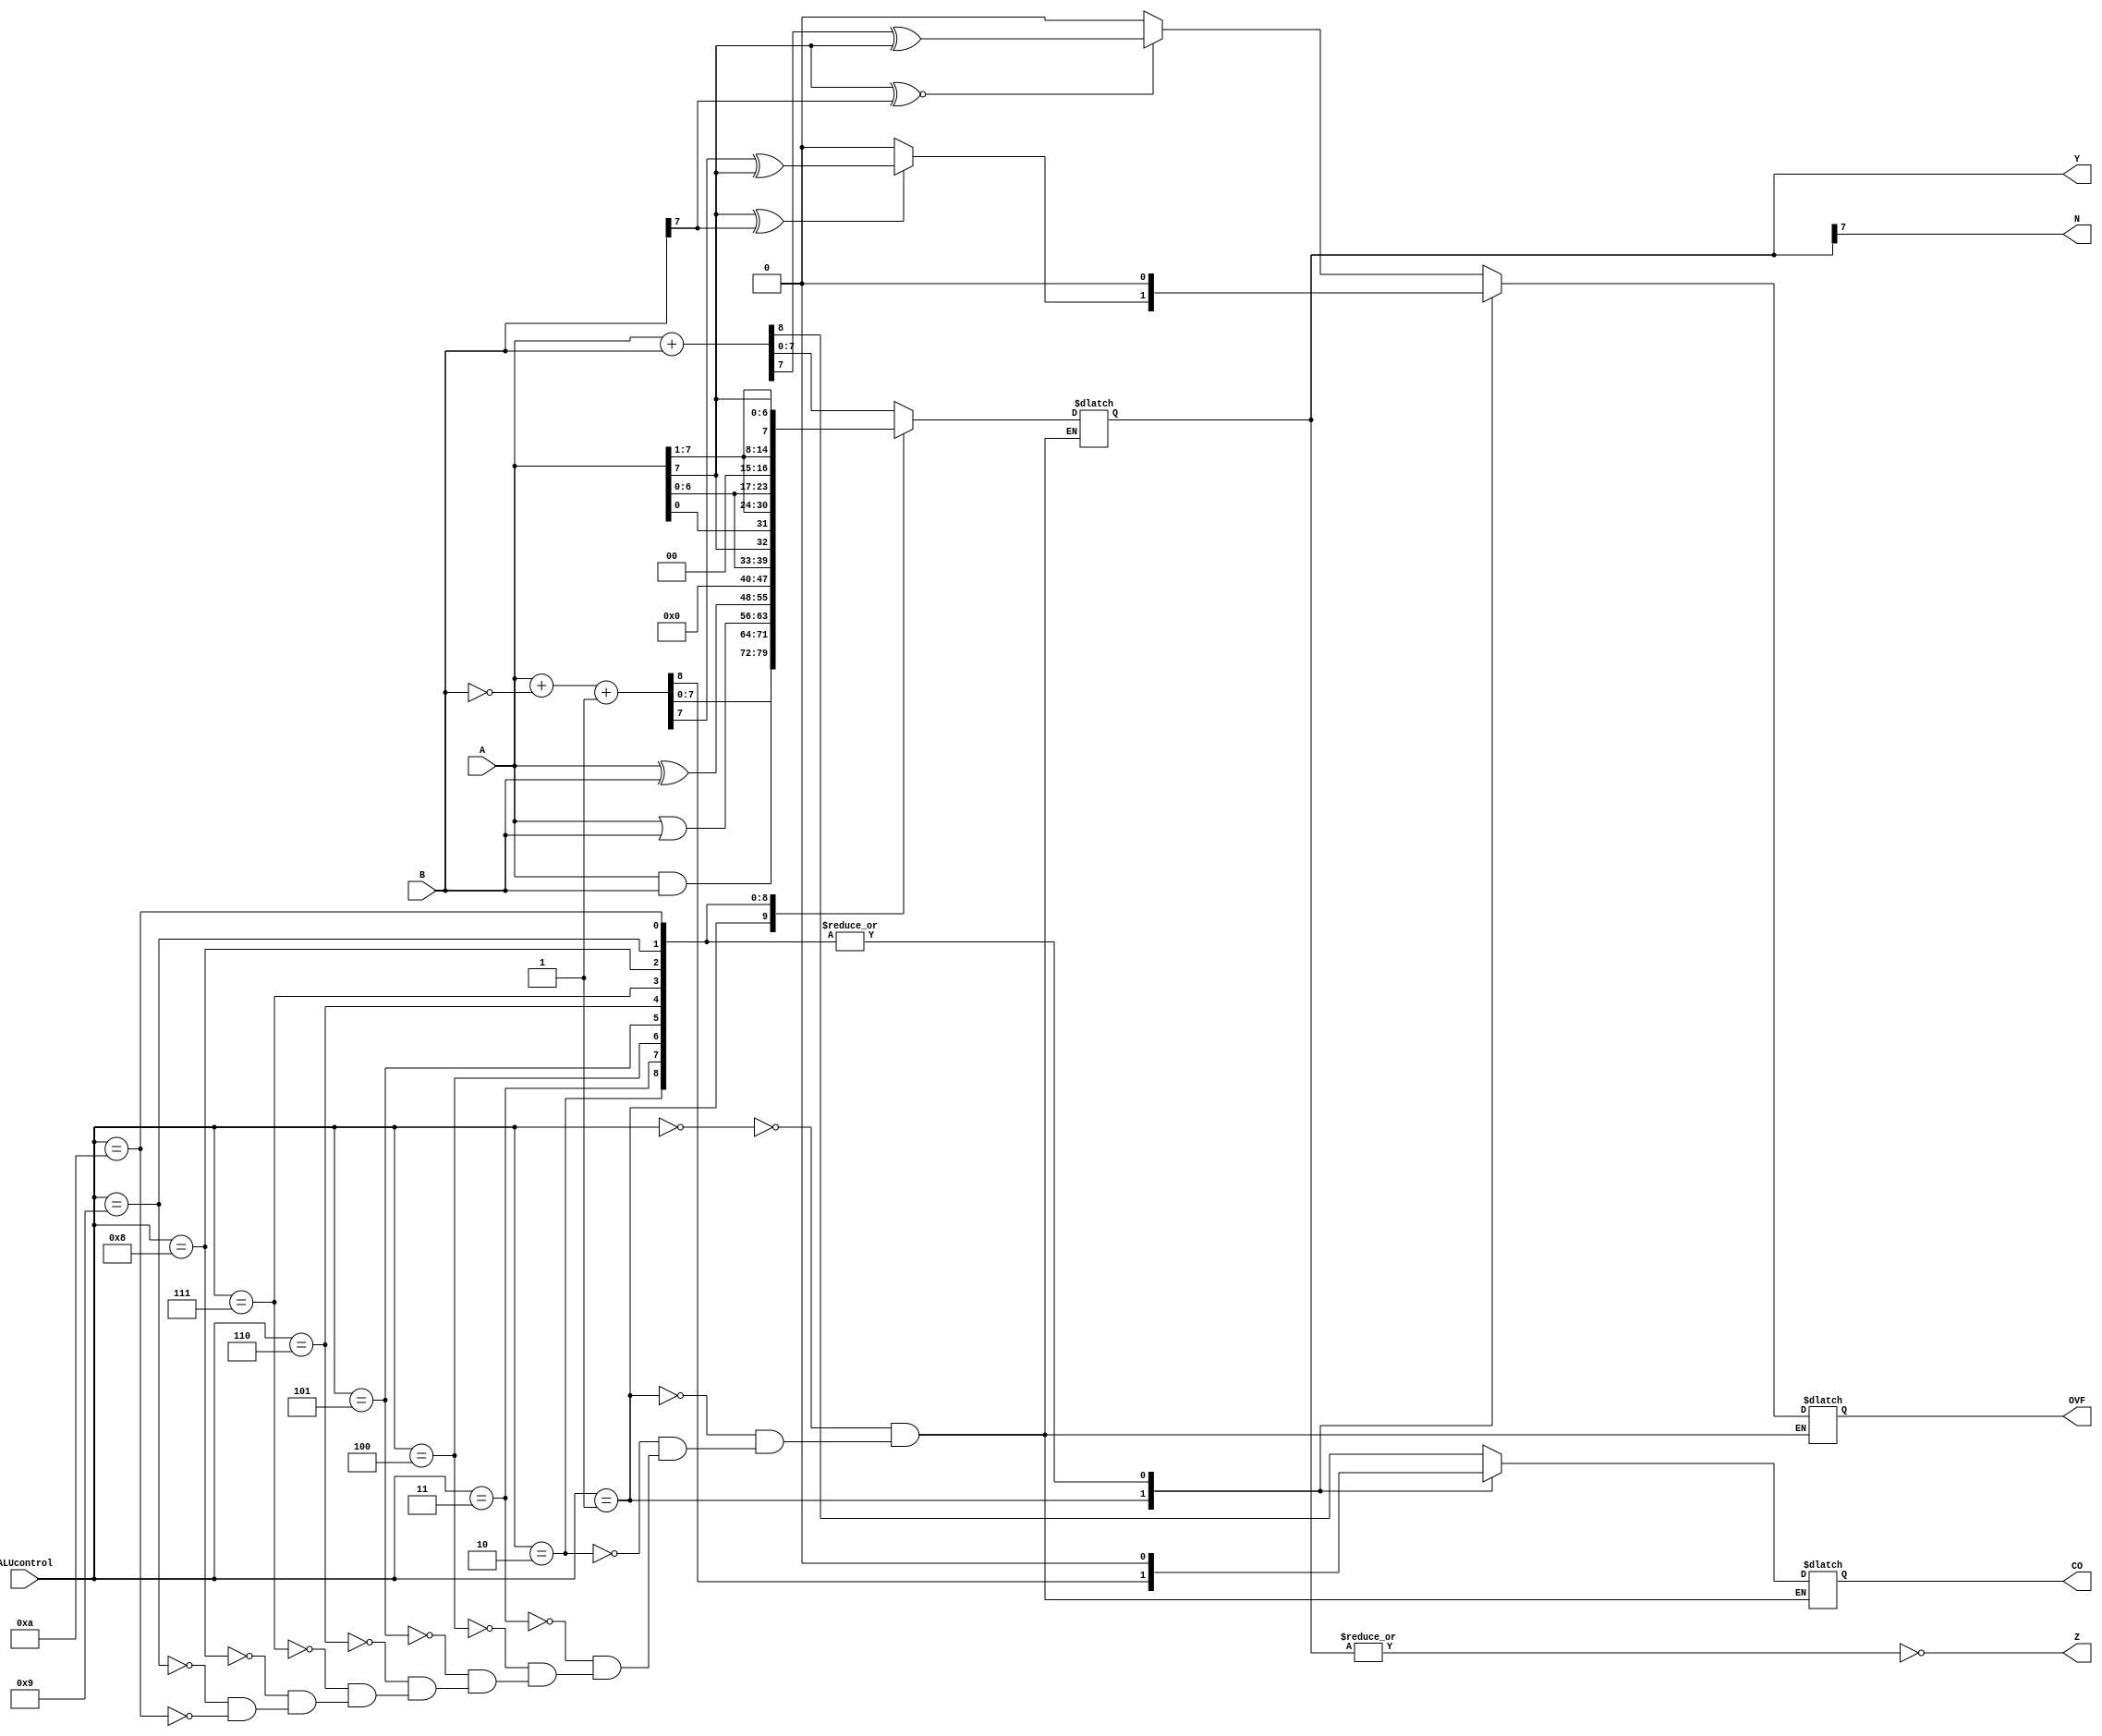
module ALU_MC #(parameter W=8) (ALUcontrol,A,B,Y,N,Z,CO,OVF);
//negative and zero bits are affected by ALU op
//CO and OVF are affected by arithmetics
input [3:0] ALUcontrol;
input [W-1:0] A,B;
output reg [W-1:0] Y; //output
output reg CO,OVF,N,Z; //cpsr
wire [W-1:0] Bcomp=~B; //bitwise not
wire [W-1:0] Acomp=~A; //bitwise not
reg E;
always @(*)
begin
	case(ALUcontrol)
	4'b0000: //add
	begin
		//update the overflow bit according to the signs
				{CO, Y} = A + B;
					if (A[W-1] ~^ B[W-1]) //if the signs are the same
						OVF = Y[W-1] ^ A[W-1];
					else
						OVF = 0;	
						
		
	end
	4'b0001: //subt a-b
	begin
//update the overflow bit according to the signs
					{CO, Y} = A + Bcomp+1;
					if ((A[W-1] ^ B[W-1]))
						OVF = Y[W-1] ^ A[W-1];
					else
						OVF = 0;
	end
	4'b0010: 
	begin   
			Y=A&B;   //and
			CO=0;
			OVF=0;

	end
	
		4'b0011: 
	begin   
	
			Y=A|B;   //or
			CO=0;
			OVF=0;
	
			
	end
		
		4'b0100: 
	begin   
	
			Y=A^B;   //xor
			CO=0;
			OVF=0;
	
			
	end
	
	4'b0101: 
	begin   
	
			Y=0;   //clear
			CO=0;
			OVF=0;
	
			
	end
	
	4'b0110: 
	begin   
	
			Y={A[6:0],A[7]};   //rol
			CO=0;
			OVF=0;
	
			
	end
	
		4'b0111: 
	begin   
	
			Y={A[0],A[7:1]};   //ror
			CO=0;
			OVF=0;
	
			
	end
	
	
	4'b1000:  //shift left lsl
	begin
		   Y=A<<1;
			CO=0;
			OVF=0;
	end

	4'b1001:  //shift right lsr
	begin
			Y=A>>1;
			CO=0;
			OVF=0;
	end

	
	4'b1010:	
	begin
			Y={A[7],A[7:1]};   //arithmetic shift right
			CO=0;
			OVF=0;
	end
	
	
	endcase
end


always @(*)
begin
		N = Y[W-1];
		Z = ~|Y;
end

endmodule